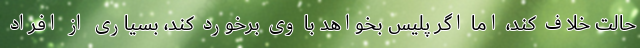
حالت خلاف کند، اما اگر پلیس بخواهد با وی برخورد کند، بسیاری از افراد